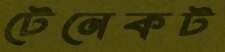
টেনেকট